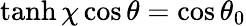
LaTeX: \operatorname{tanh}\chi\cos\theta=\cos\theta_{0}